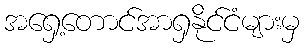
အရှေ့တောင်အာရှနိုင်ငံများမှ